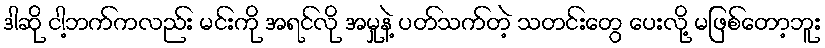
ဒါဆို ငါ့ဘက်ကလည်း မင်းကို အရင်လို အမှုနဲ့ ပတ်သက်တဲ့ သတင်းတွေ ပေးလို့ မဖြစ်တော့ဘူး